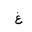
Letter: _gayn